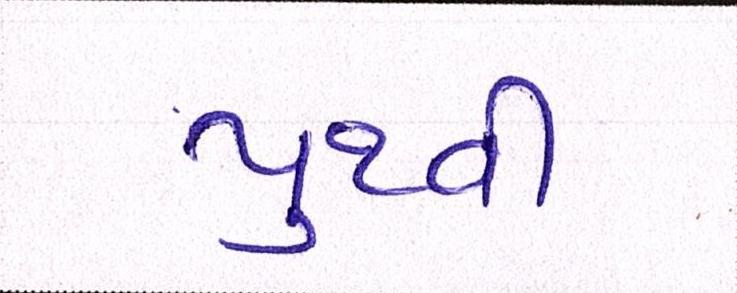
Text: પુથ્વી